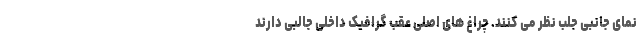
نمای جانبی جلب نظر می کنند. چراغ های اصلی عقب گرافیک داخلی جالبی دارند